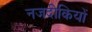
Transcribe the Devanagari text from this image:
नजदीकियों